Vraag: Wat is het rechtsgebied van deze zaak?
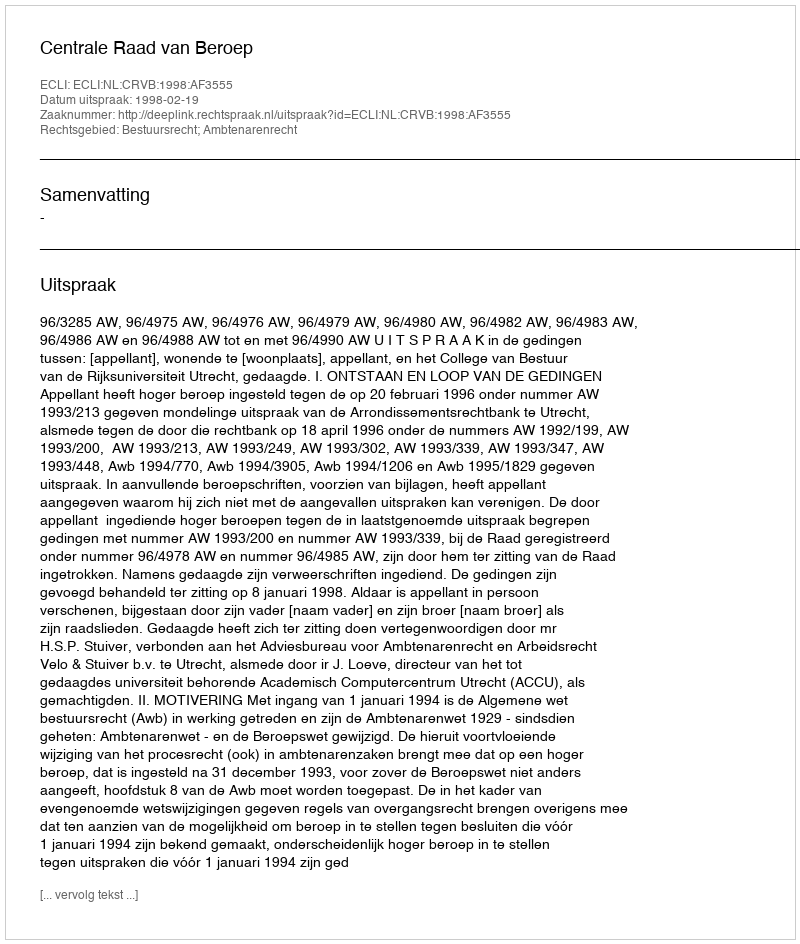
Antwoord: Bestuursrecht; Ambtenarenrecht